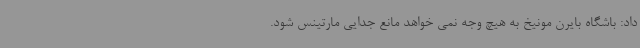
داد: باشگاه بایرن مونیخ به هیچ وجه نمی خواهد مانع جدایی مارتینس شود.